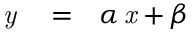
\begin{array} { r l r } { { \it y \/ } } & { { } = } & { \alpha { \it \, x \/ } + \beta } \end{array}